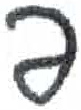
אות: פ